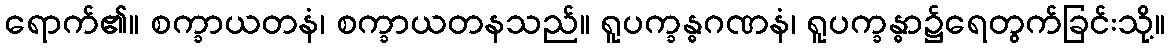
ရောက်၏။ စက္ခာယတနံ၊ စက္ခာယတနသည်။ ရူပက္ခန္ဓဂဏနံ၊ ရူပက္ခန္ဓာ၌ရေတွက်ခြင်းသို့။